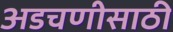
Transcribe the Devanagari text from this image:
अडचणीसाठी